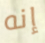
إنه